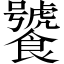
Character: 饕